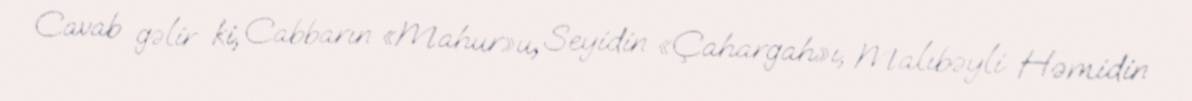
Cavab gəlir ki, Cabbarın «Mahur»u, Seyidin «Çahargah»ı, Malıbəyli Həmidin